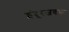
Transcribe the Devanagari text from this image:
इंदूरजवळ